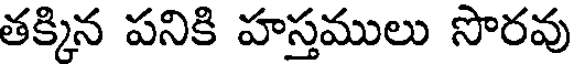
తక్కిన పనికి హస్తములు సొరవు